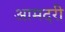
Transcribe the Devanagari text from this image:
आमदरी